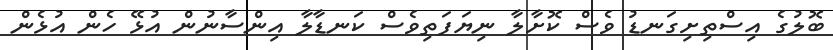
ބޮލުގެ އިސްތިށިގަނޑު ވެސް ކޮށާލާ ނިޔަފަތިވެސް ކަނޑާލާ އިންސާނުން އުޅޭ ހެން އުޅެން